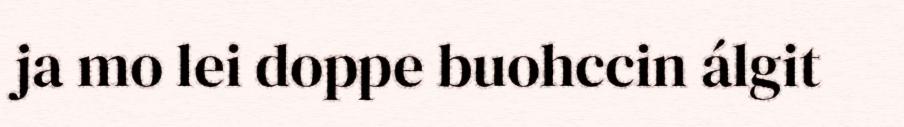
ja mo lei doppe buohccin álgit